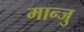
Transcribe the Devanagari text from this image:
मान्जु